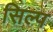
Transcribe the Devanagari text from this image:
सिल्प